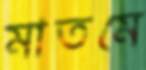
মাতমে